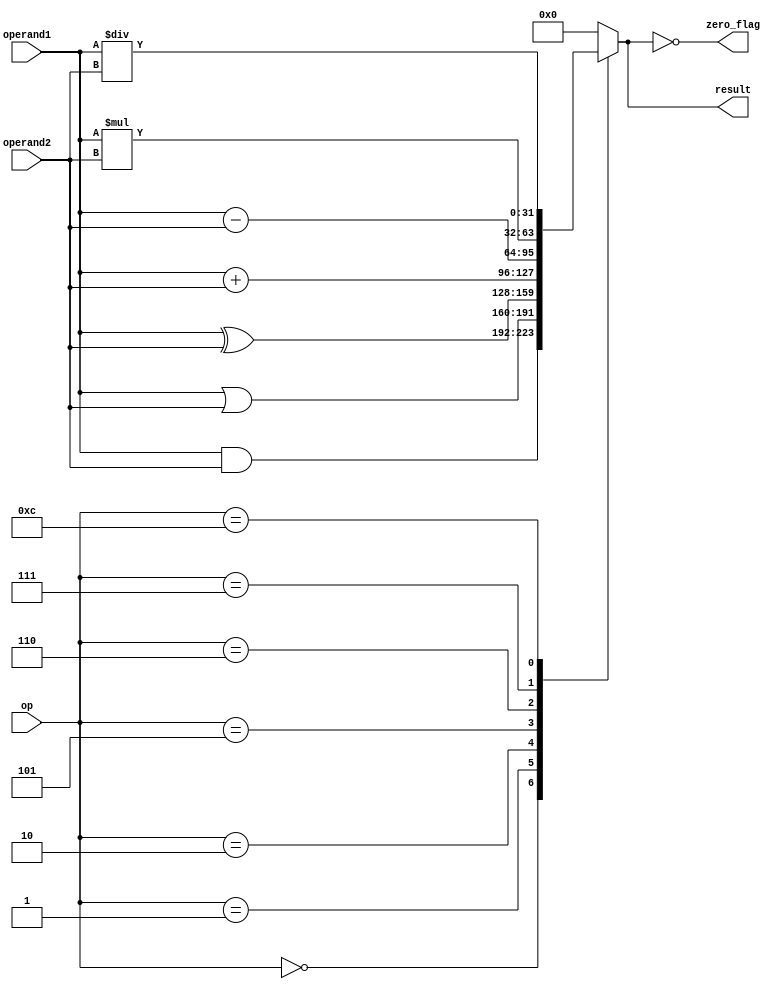
module alu(
  input wire [31:0] operand1,
  input wire [31:0] operand2,
  input wire [3:0] op,

  output reg [31:0] result,
  output reg zero_flag
);

  always @* begin
    
    case(op)
      4'b0000: result = operand1 & operand2;  // AND
      4'b0001: result = operand1 | operand2;  // OR
      4'b0010: result = operand1 ^ operand2;  // xor
      4'b0101: result = operand1 + operand2;  // ADD
      4'b0110: result = operand1 - operand2;  // sub
      4'b0111: result = operand1 * operand2;  // mul
      4'b1100: result = operand1 / operand2;  // div
      default: result = 32'b0;
    endcase
    zero_flag = (result == 32'b0);
  end
  


endmodule